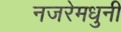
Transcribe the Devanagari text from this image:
नजरेमधुनी